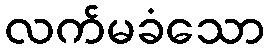
လက်မခံသော